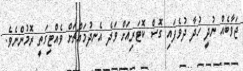
ޖަވާބެއް ނުދީ ހުދާ ދުވެފައި ގޮސް ކޮޓަރިއަށް ވަދެ އެނދުމައްޗަށް ވެއްޓިގަތީ ރޮމުންނެވެ.